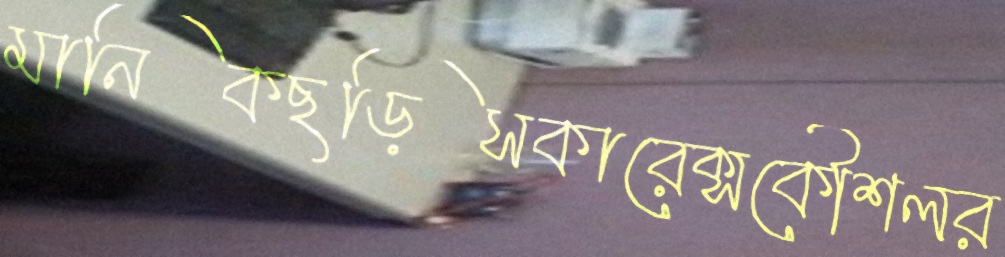
মানিকছড়িসকারেক্সকৌশলর